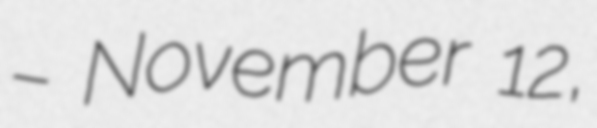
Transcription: – November 12,